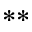
^ { * * }